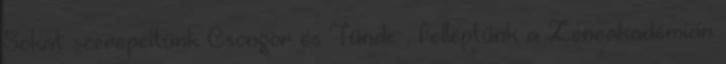
Sokat szerepeltünk Csongor és Tünde , felléptünk a Zeneakadémián